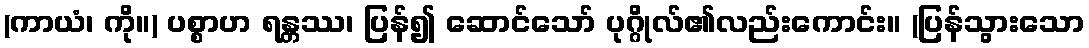
(ကာယံ၊ ကို။) ပစ္စာဟ ရန္တဿ၊ ပြန်၍ ဆောင်သော် ပုဂ္ဂိုလ်၏လည်းကောင်း။ (ပြန်သွားသော